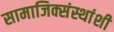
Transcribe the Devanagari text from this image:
सामाजिक्संस्थांशी